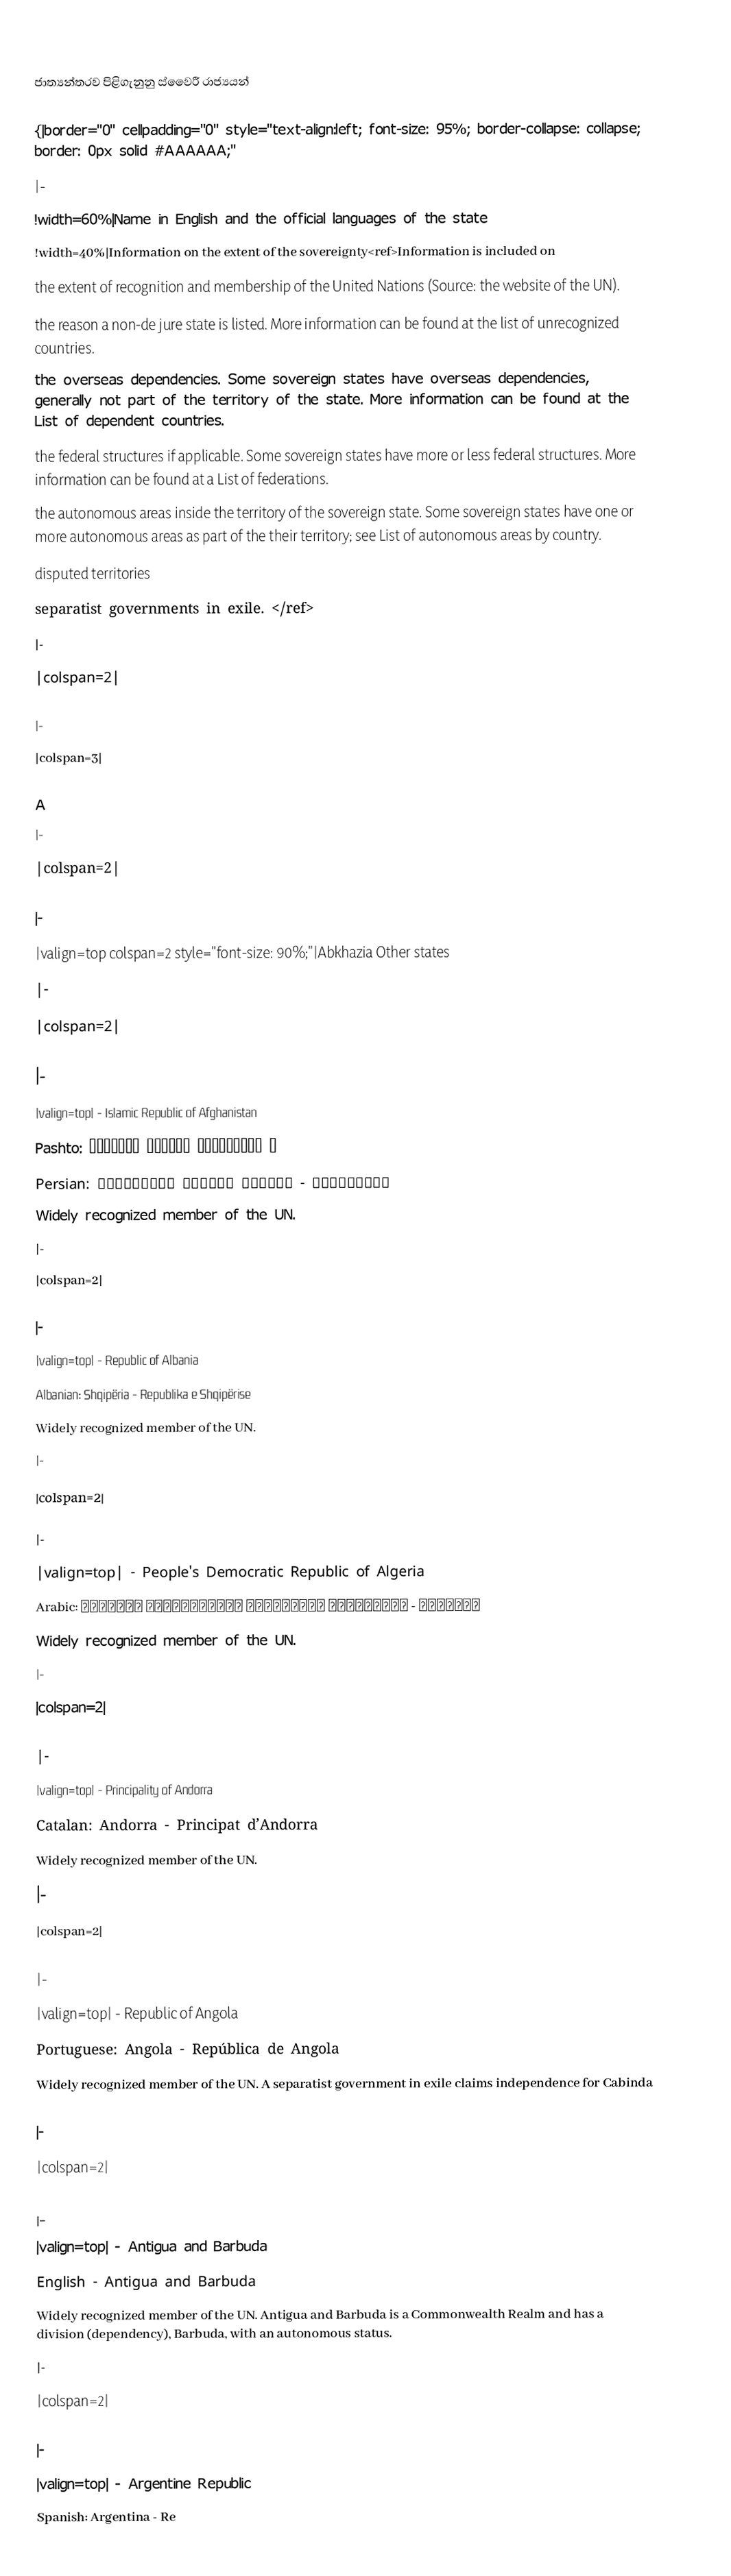

ජාත්‍යන්තරව පිළිගැනුනු ස්වෛරී රාජ්‍යයන්

{|border="0"  cellpadding="0" style="text-align:left; font-size: 95%; border-collapse: collapse; border: 0px solid #AAAAAA;"
|-
!width=60%|Name in English and the official languages of the state
!width=40%|Information on the extent of the sovereignty<ref>Information is included on
 the extent of recognition and membership of the United Nations (Source: the website of the UN).
 the reason a non-de jure state is listed. More information can be found at the list of unrecognized countries.
 the overseas dependencies. Some sovereign states have overseas dependencies, generally not part of the territory of the state. More information can be found at the List of dependent countries.
 the federal structures if applicable. Some sovereign states have more or less federal structures. More information can be found at a List of federations.
 the autonomous areas inside the territory of the sovereign state. Some sovereign states have one or more autonomous areas as part of the their territory; see List of autonomous areas by country.
 disputed territories
 separatist governments in exile. </ref>
|-
|colspan=2|

|-
|colspan=3|

A
|-
|colspan=2|

|-
|valign=top colspan=2 style="font-size: 90%;"|Abkhazia  Other states
|-
|colspan=2|

|-
|valign=top| - Islamic Republic of Afghanistan
 Pashto: د افغانستان اسلامي جمهوریت
 Persian: افغانستان - جمهوری اسلامی افغانستان
Widely recognized member of the UN.
|-
|colspan=2|

|-
|valign=top| - Republic of Albania
 Albanian: Shqipëria - Republika e Shqipërise
Widely recognized member of the UN.
|-
|colspan=2|

|-
|valign=top| - People's Democratic Republic of Algeria
 Arabic: الجزائر - الجمهورية الجزائرية الديمقراطية الشعبية
Widely recognized member of the UN.
|-
|colspan=2|

|-
|valign=top| - Principality of Andorra
 Catalan: Andorra - Principat d’Andorra
Widely recognized member of the UN.
|-
|colspan=2|

|-
|valign=top| - Republic of Angola
 Portuguese: Angola - República de Angola
Widely recognized member of the UN. A separatist government in exile claims independence for Cabinda

|-
|colspan=2|

|-
|valign=top| - Antigua and Barbuda
 English - Antigua and Barbuda
Widely recognized member of the UN. Antigua and Barbuda is a Commonwealth Realm and has a division (dependency), Barbuda, with an autonomous status.
|-
|colspan=2|

|-
|valign=top| - Argentine Republic
 Spanish: Argentina - Re